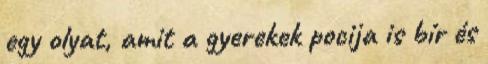
egy olyat, amit a gyerekek pocija is bír és